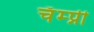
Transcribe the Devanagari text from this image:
चॅम्प्नी